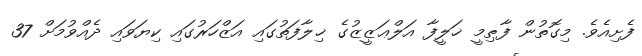
ފެށިއެވެ. މިގޮތުން ފާޠިމީ ޚަލީފާ އަލްޢަޒީޒުގެ ޚިލާފަތުގައި އަޒްހަރުގައި ކިޔަވައި ދެއްވުމަށް 37